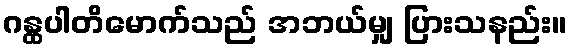
ဂန္ထပါတိမောက်သည် အဘယ်မျှ ပြားသနည်း။